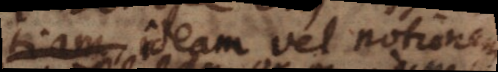
ejus ideam vel notionem